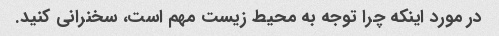
در مورد اینکه چرا توجه به محیط زیست مهم است، سخنرانی کنید.